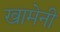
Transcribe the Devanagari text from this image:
खामेनी